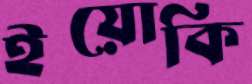
ইয়োকি